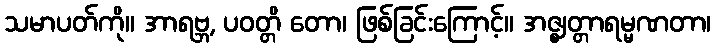
သမာပတ်ကို။ အာရဗ္ဘ, ပဝတ္တိ တော၊ ဖြစ်ခြင်းကြောင့်။ အဇ္ဈတ္တာရမ္မဏတာ၊